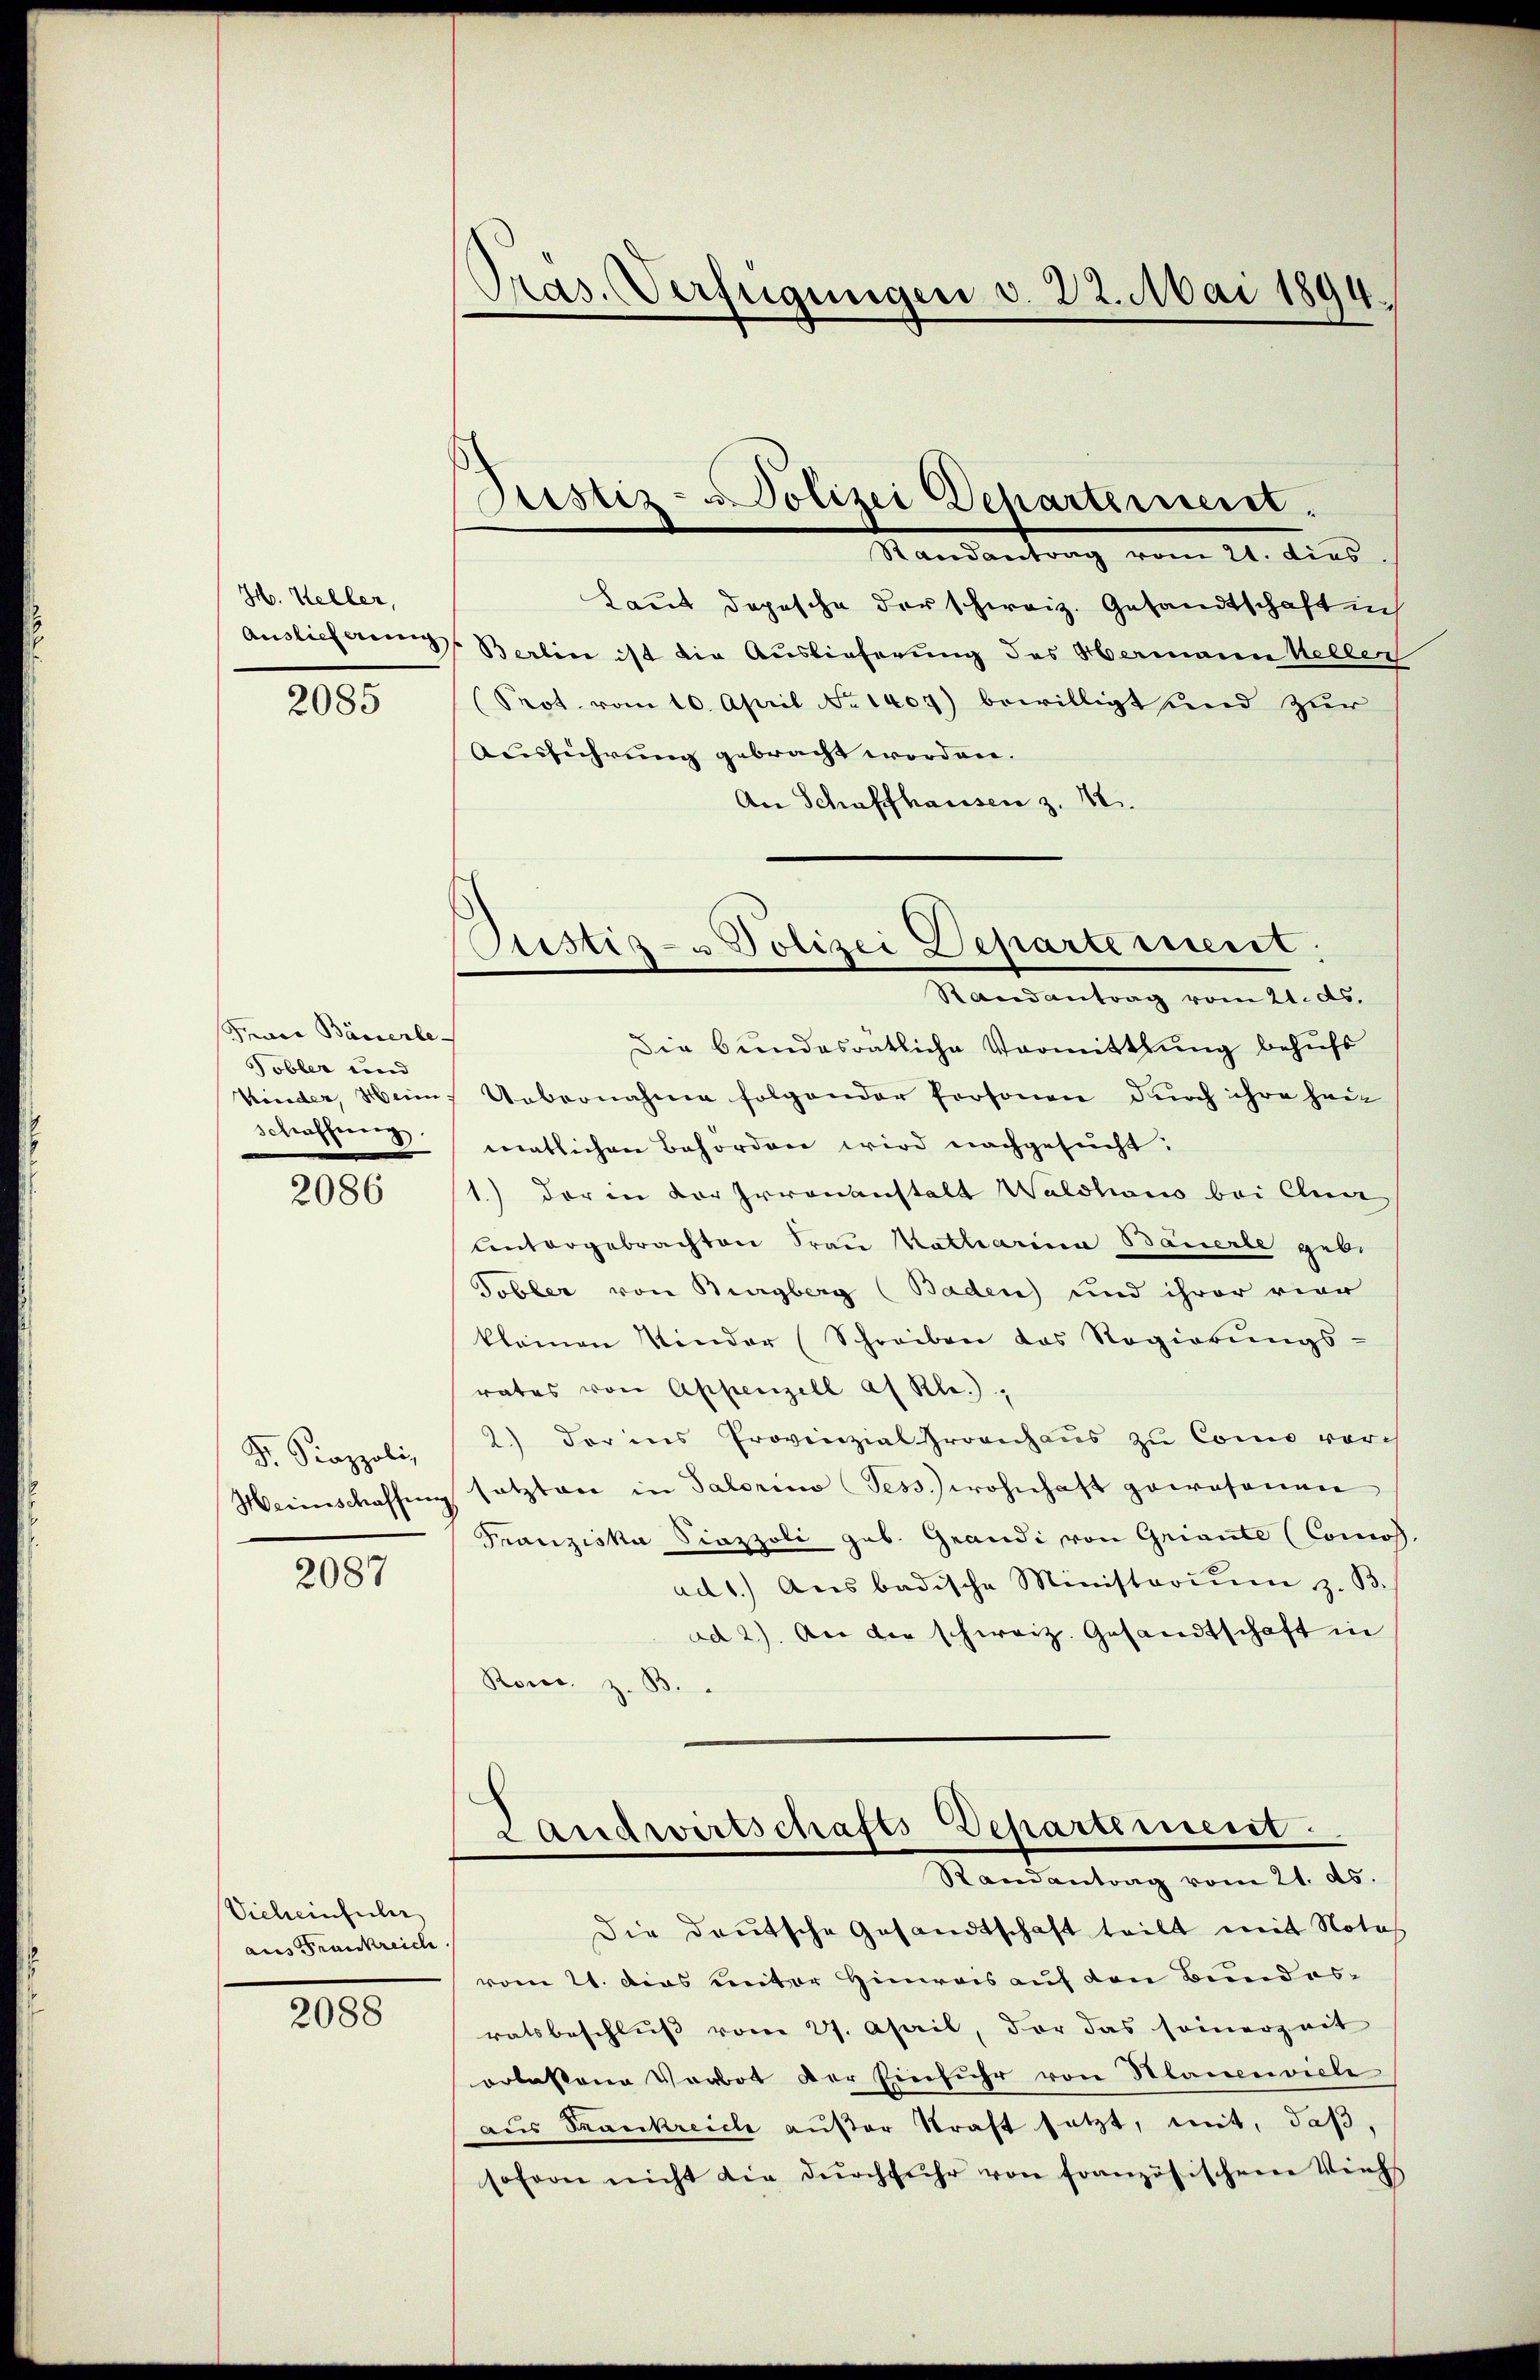
H. Keller,
Auslieferung

2085

Gnade Bäuerle
Tobler und
Kinder, Heim.
Schaffnen.

2086

Fr. Kappoli,
Heinschaffung

2087

Vicheinfuler
aus Frankreiche

2088

Pras. Verfügungen v. 22. Mai 1894.

Justiz-Polizei Departement.

Justiz- & Polizei Departement:
Randantrag vom 21. ds.

Mandantrag vom 21. dies
Laut doposche der schweiz. Gesandtschaft in
Berlin ist die Auslieferung des Hermann Kellen
Prot. vom 10. April No 1407) bewilligt und zur
Ausführung gebracht worden.
An Schaffhausen z. 12.
Die Bundesratliche Vormittlung behufs
Uebernahme folgender Personen durch ihre heu
matlichen Behörden wird nachgesucht:
1.) der in der Irrenanstalt Waldhaus bei Cluar
Untergebrachten Frau Matharina Bauerle geb.
Tobler von Burgberg (Baden) und ihrer vier
kleinen Kinder (Schreiben das Regierŭngs-
rates von Appenzell af Kla.);
2.) Der ins Provinzial Proenhaus zu Como vorh
setzten in Salarius Jesswohnhaft gewesenen
Franziska Siazzoli geb. Grandi von Griante (Comos
ad 1.) Aus badische Ministoriŭm z. B.
ad 2.) An der schweiz. Gesandtschaft in
Rors. z. B.
Landwirtschafts Departement.
Standentrag vom 11. ds.
Die deutsche Gesandtschaft teilt mit Notar
vom 21. Dies miter Hinweis auf den Bundesratsbeschlŭβ vom 27. April, der das seinerzeit
orlassene Verbot der Einfuhr von Manen viele
aus Frankreiche aufer Straft setzt, mit, daß,
sofern nicht die dŭrchfuhr von französischene Viehs